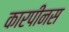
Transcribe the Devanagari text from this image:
कारपीनस